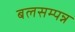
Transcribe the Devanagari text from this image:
बलसम्पन्न